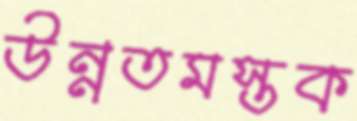
উন্নতমস্তক